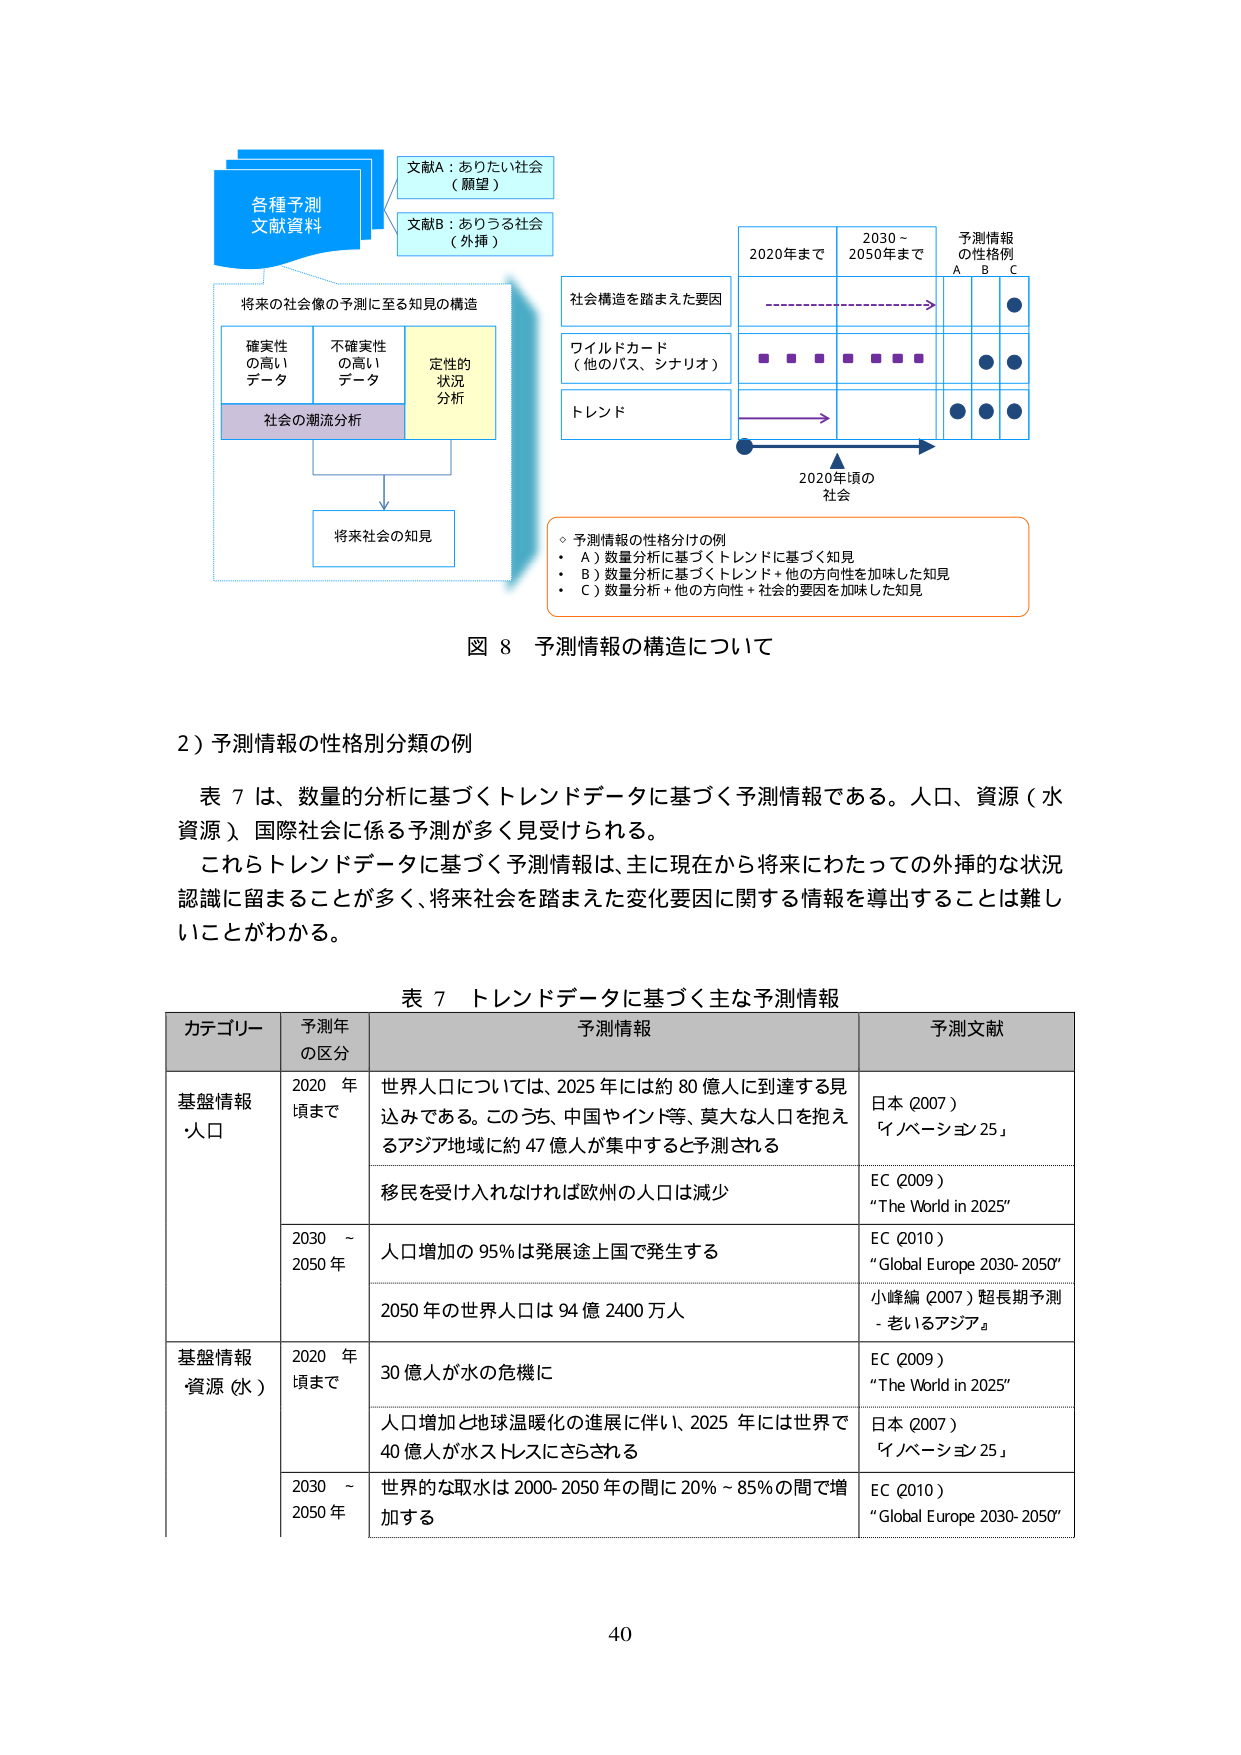
各種予測
文献資料

文献A：ありたい社会
（願望）

文献B：ありうる社会
（外挿）

将来の社会像の予測に至る知見の構造

確実性
の高い
データ

不確実性
の高い
データ

定性的
状況
分析

社会の潮流分析

将来社会の知見

社会構造を踏まえた要因

ワイルドカード
（他のパス、シナリオ）

トレンド

2020年まで
2030～
2050年まで

予測情報
の性格例
A　B　C

2020年頃の
社会

○ 予測情報の性格分けの例
・ A）数量分析に基づくトレンドに基づく知見
・ B）数量分析に基づくトレンド＋他の方向性を加味した知見
・ C）数量分析＋他の方向性＋社会的要因を加味した知見

図 8 予測情報の構造について

2）予測情報の性格別分類の例

表 7 は、数量的分析に基づくトレンドデータに基づく予測情報である。人口、資源（水資源）国際社会に係る予測が多く見受けられる。
これらトレンドデータに基づく予測情報は、主に現在から将来にわたっての外挿的な状況認識に留まることが多く、将来社会を踏まえた変化要因に関する情報を導出することは難しいことがわかる。

表 7 トレンドデータに基づく主な予測情報

カテゴリー　　予測年の区分　　予測情報　　予測文献

基盤情報
・人口
2020年頃まで
世界人口については、2025年には約80億人に到達する見込みである。このうち、中国やインド等、莫大な人口を抱えるアジア地域に約47億人が集中すると予測される
日本（2007）
「ノベーション25」

移民を受け入れなければ欧州の人口は減少
EC（2009）
“The World in 2025”

2030～2050年
人口増加の95％は発展途上国で発生する
EC（2010）
“Global Europe 2030-2050”

2050年の世界人口は94億2400万人
小峰編（2007）超長期予測 - 老いるアジア

基盤情報
・資源（水）
2020年頃まで
30億人が水の危機に
EC（2009）
“The World in 2025”

人口増加と地球温暖化の進展に伴い、2025年には世界で40億人が水ストレスにさらされる
日本（2007）
「ノベーション25」

2030～2050年
世界的な取水は2000-2050年の間に20％～85％の間で増加する
EC（2010）
“Global Europe 2030-2050”

40